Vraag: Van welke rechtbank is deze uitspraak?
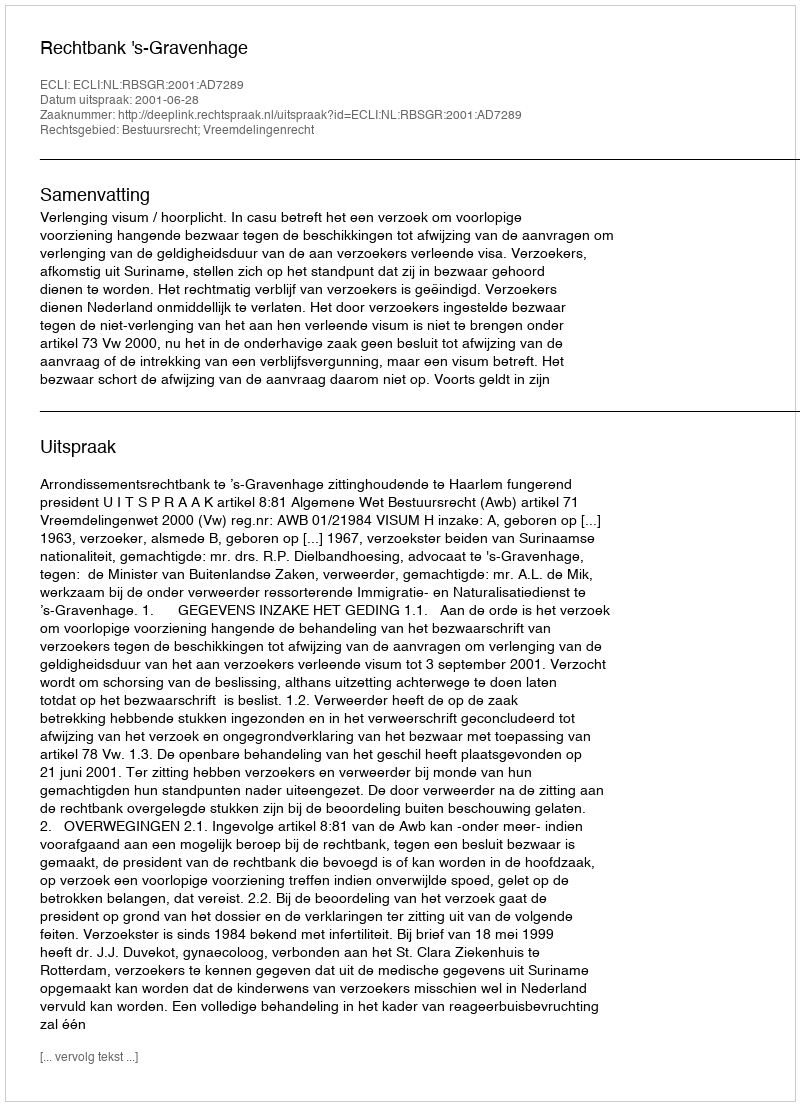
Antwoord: Rechtbank 's-Gravenhage